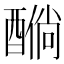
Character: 𲆸